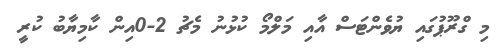
މި ގްރޫޕުގައި ޔުވެންޓަސް އާއި މަލްމޯ ކުޅުނު މެޗު 2-0އިން ކާމިޔާބު ކުރީ